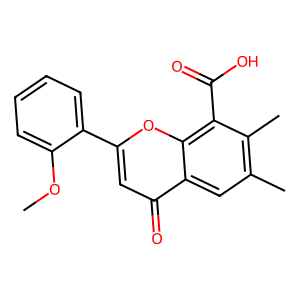
SMILES: COc1ccccc1-c1cc(=O)c2cc(C)c(C)c(C(=O)O)c2o1
Inhibits HIV replication: No